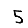
Digit: 5